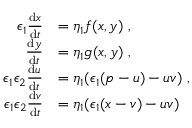
\begin{array} { r l } { \epsilon _ { 1 } \frac { \mathrm { d } x } { \mathrm { d } t } } & { = \eta _ { 1 } f ( x , y ) \ , } \\ { \frac { \mathrm { d } y } { \mathrm { d } t } } & { = \eta _ { 1 } g ( x , y ) \ , } \\ { \epsilon _ { 1 } \epsilon _ { 2 } \frac { \mathrm { d } u } { \mathrm { d } t } } & { = \eta _ { 1 } ( \epsilon _ { 1 } ( p - u ) - u v ) \ , } \\ { \epsilon _ { 1 } \epsilon _ { 2 } \frac { \mathrm { d } v } { \mathrm { d } t } } & { = \eta _ { 1 } ( \epsilon _ { 1 } ( x - v ) - u v ) \ } \end{array}